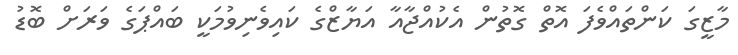
މާޒީގަ ކަންތައްވެފަ އޮތް ގޮތުން އެކުއްޖާއާ އަޔާޒްގެ ކައިވެނިވުމަކީ ބައްޕަގެ ވަރަށް ބޮޑު